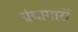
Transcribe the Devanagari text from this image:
ग्रंथागारों